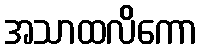
အသာထလိကော